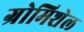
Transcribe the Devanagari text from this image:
ग्रोमिशेल